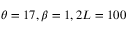
\theta = 1 7 , \beta = 1 , 2 L = 1 0 0